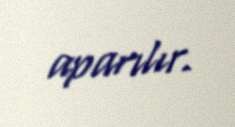
aparılır.